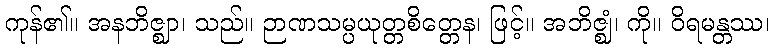
ကုန်၏။ အနဘိဇ္ဈာ၊ သည်။ ဉာဏသမ္ပယုတ္တစိတ္တေန၊ ဖြင့်။ အဘိဇ္ဈံ၊ ကို။ ဝိရမန္တဿ၊